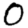
Digit: 0